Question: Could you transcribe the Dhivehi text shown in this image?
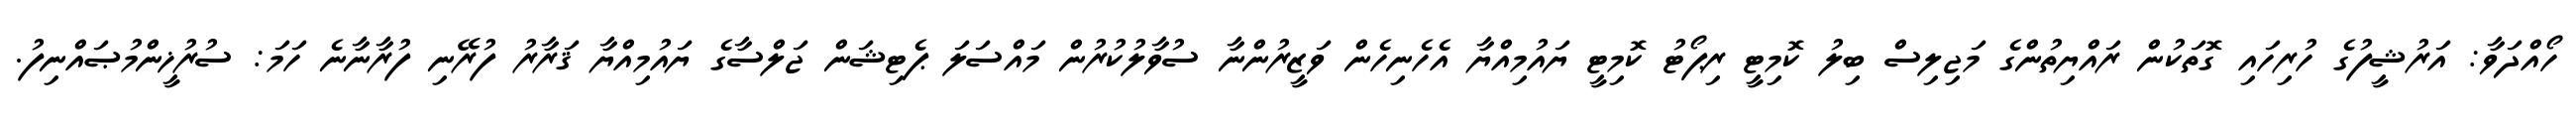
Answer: ހޯއްދަވާ: އަރުޝީފުގެ ހުރިހައި ގޮތަކުން ރައްޔިތުންގެ މަޖިލިސް ބިލު ކޮމިޓީ ރިޕޯޓު ކޮމިޓީ ޔައުމިއްޔާ އެހެނިހެން ވަޒީރުންނާ ސުވާލުކުރުން މައްސަލަ ޕެޓިޝަން ޖަލްސާގެ ޔައުމިއްޔާ ޤަރާރު ފުރޭނި ފުރާނާނެ ހަމަ: ސުރުޚީންމުޞައްނިފު.